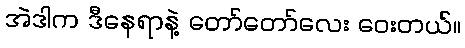
အဲဒါက ဒီနေရာနဲ့ တော်တော်လေး ဝေးတယ်။